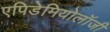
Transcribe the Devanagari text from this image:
एपिडेमियोलॉजी